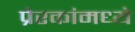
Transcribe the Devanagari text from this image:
प्रेरकांमध्ये